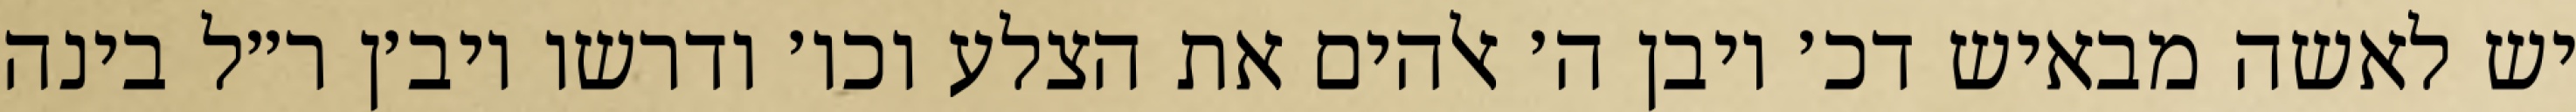
יש לאשה מבאיש דכ׳ ויבן ה׳ אלהים את הצלע וכו׳ ודרשו ויב׳ן ר״ל בינה